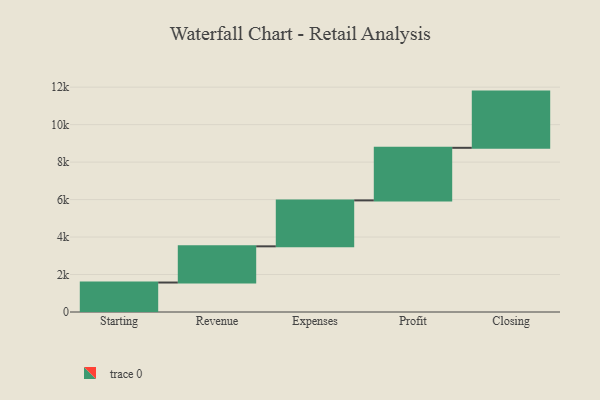
{"axis": {"x": "Step", "y": "Value"}, "legend": [""], "data": [{"x": "Starting", "y": 1573.0, "type": ""}, {"x": "Revenue", "y": 1932.0, "type": ""}, {"x": "Expenses", "y": 2452.0, "type": ""}, {"x": "Profit", "y": 2806.0, "type": ""}, {"x": "Closing", "y": 3000, "type": ""}]}